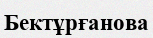
Бектұрғанова